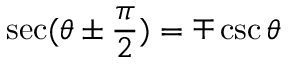
\sec ( \theta \pm { \frac { \pi } { 2 } } ) = \mp \csc \theta